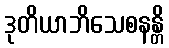
ဒုတိယာဘိသေစနန္တိ